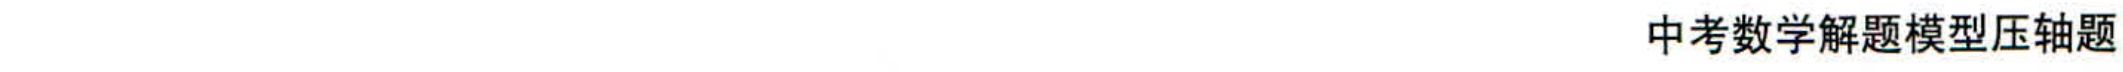
中考数学解题模型压轴题